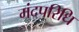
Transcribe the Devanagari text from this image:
मंदपरिधि